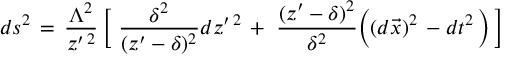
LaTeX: d s ^ { 2 } \, = \, { \frac { \Lambda ^ { 2 } } { z ^ { \prime \, 2 } } } \, \Big \lbrack \, \, { \frac { \delta ^ { 2 } } { ( z ^ { \prime } - \delta ) ^ { 2 } } } d z ^ { \prime \, 2 } \, + \, \, { \frac { ( z ^ { \prime } - \delta ) ^ { 2 } } { \delta ^ { 2 } } } \Big ( ( d \vec { x } ) ^ { 2 } \, - d t ^ { 2 } \, \Big ) \, \Big \rbrack